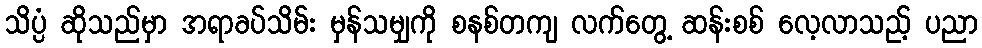
သိပ္ပံ ဆိုသည်မှာ အရာခပ်သိမ်း မှန်သမျှကို စနစ်တကျ လက်တွေ့ ဆန်းစစ် လေ့လာသည့် ပညာ